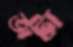
জটা